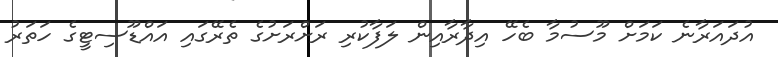
އުދައަރާނެ ކަމަށް މޫސުމާ ބެހޭ އިދާރާއިން ލަފާކުރި ރަށްރަށުގެ ތެރޭގައި އައްޑޫސިޓީގެ ހަތަރު